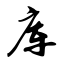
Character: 库